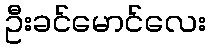
ဦးခင်မောင်လေး